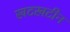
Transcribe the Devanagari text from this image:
खटखटीन